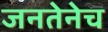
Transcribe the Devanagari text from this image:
जनतेनेच